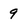
Character: 9